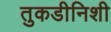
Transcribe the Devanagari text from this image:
तुकडीनिशी